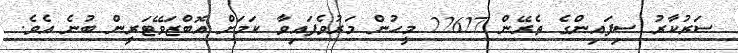
ސަރުކާރު ސިފައިންގެ ތެރޭން 22627 މީހުން މަރުވެފައިވާ ކަމަށް އޮބްޒަވޭޓަރީން ބުނެ އެވެ.